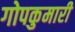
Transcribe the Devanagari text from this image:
गोपकुमारी